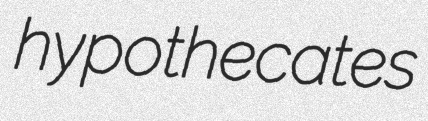
hypothecates